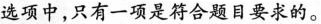
选项中，只有一项是符合题目要求的。